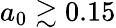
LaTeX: a_{0}\gtrsim 0.15